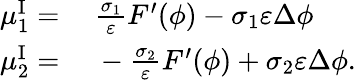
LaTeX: \begin{array}{rl}{\mu_{1}^{\mathrm{I}}=}&{{}~\frac{\sigma_{1}}{\varepsilon}F^{\prime}(\phi)-\sigma_{1}\varepsilon\Delta\phi}\\ {\mu_{2}^{\mathrm{I}}=}&{{}~-\frac{\sigma_{2}}{\varepsilon}F^{\prime}(\phi)+\sigma_{2}\varepsilon\Delta\phi.}\end{array}